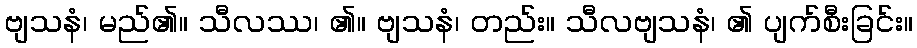
ဗျသနံ၊ မည်၏။ သီလဿ၊ ၏။ ဗျသနံ၊ တည်း။ သီလဗျသနံ၊ ၏ ပျက်စီးခြင်း။